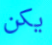
يكن